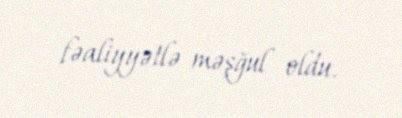
fəaliyyətlə məşğul oldu.